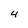
Character: 4